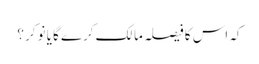
کہ اس کا فیصلہ مالک کرے گا یا نوکر ؟